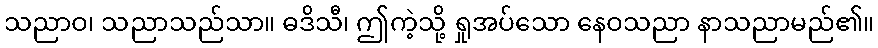
သညာဝ၊ သညာသည်သာ။ ဓဒိသီ၊ ဤကဲ့သို့ ရှုအပ်သော နေဝသညာ နာသညာမည်၏။